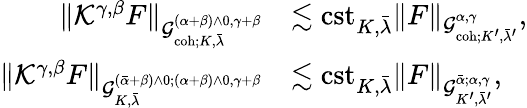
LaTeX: \begin{array}{rl}{\| {\mathcal K}^{\gamma,\beta}F\| _{\mathcal{G}_{\mathrm{coh};K,\bar{\lambda}}^{(\alpha+\beta)\wedge 0,\gamma+\beta}}}&{\lesssim\mathrm{cst}_{K,\bar{\lambda}}\| F\| _{\mathcal{G}_{\mathrm{coh};K^{\prime},\bar{\lambda}^{\prime}}^{\alpha,\gamma}},}\\ {\| {\mathcal K}^{\gamma,\beta}F\| _{\mathcal{G}_{K,\bar{\lambda}}^{(\bar{\alpha}+\beta)\wedge 0;(\alpha+\beta)\wedge 0,\gamma+\beta}}}&{\lesssim\mathrm{cst}_{K,\bar{\lambda}}\| F\| _{\mathcal{G}_{K^{\prime},\bar{\lambda}^{\prime}}^{\bar{\alpha};\alpha,\gamma}},}\end{array}